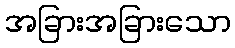
အခြားအခြားသော